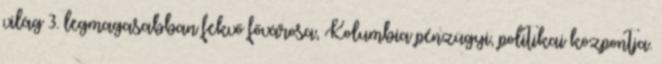
világ 3. legmagasabban fekvő fővárosa, Kolumbia pénzügyi, politikai központja.